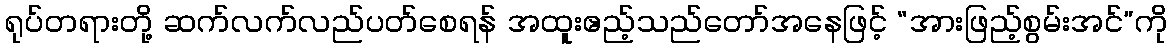
ရုပ်တရားတို့ ဆက်လက်လည်ပတ်စေရန် အထူးဧည့်သည်တော်အနေဖြင့် “အားဖြည့်စွမ်းအင်”ကို